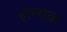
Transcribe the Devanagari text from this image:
होलोक